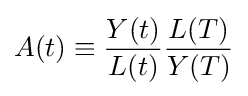
A(t)\equiv {\frac {Y(t)}{L(t)}}{\frac {L(T)}{Y(T)}}